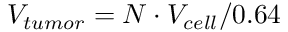
V _ { t u m o r } = N \cdot V _ { c e l l } / 0 . 6 4